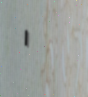
١